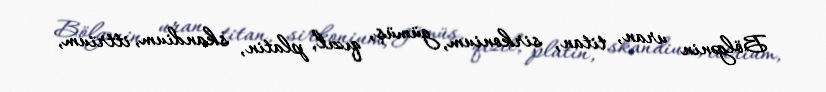
Bölgənin uran, titan, sirkonium, gümüş, qızıl, platin, skandium, ittrium,